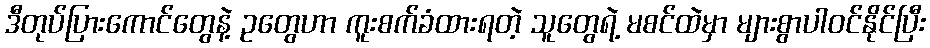
ဒီတုပ်ပြားကောင်တွေနဲ့ ဥတွေဟာ ကူးစက်ခံထားရတဲ့ သူတွေရဲ့ မစင်ထဲမှာ များစွာပါဝင်နိုင်ပြီး